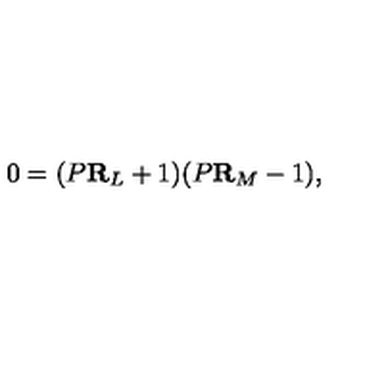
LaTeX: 0 = ( P { \bf R } _ { L } + 1 ) ( P { \bf R } _ { M } - 1 ) ,